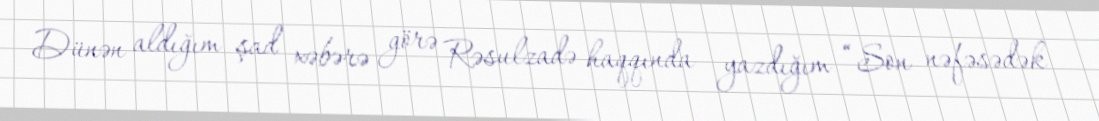
Dünən aldığım şad xəbərə görə Rəsulzadə haqqında yazdığım “Son nəfəsədək